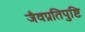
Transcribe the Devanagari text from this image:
जैवप्रतिपुष्टि